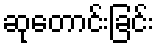
ဆုတောင်းခြင်း